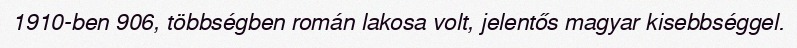
1910-ben 906, többségben román lakosa volt, jelentős magyar kisebbséggel.